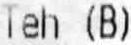
TEH (B)